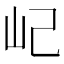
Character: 屺